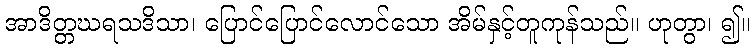
အာဒိတ္တဃရသဒိသာ၊ ပြောင်ပြောင်လောင်သော အိမ်နှင့်တူကုန်သည်။ ဟုတွာ၊ ၍။